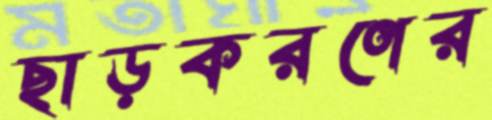
ছাড়করণের